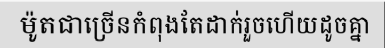
ម៉ូតជាច្រើនកំពុងតែដាក់រួចហើយដូចគ្នា